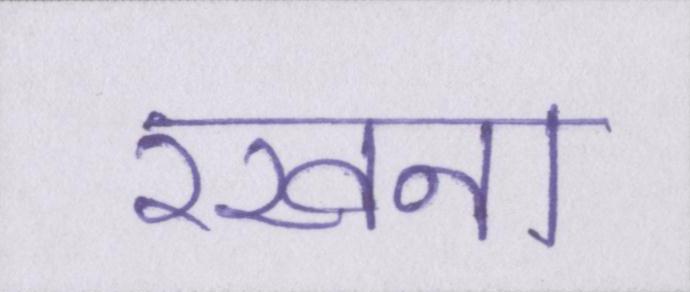
रखना